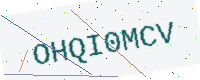
Text: OHQI0MCV